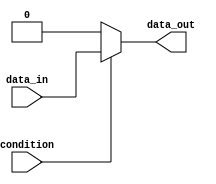
module if_else_statement (
    input wire condition,
    input wire data_in,
    output reg data_out
);

always @* begin
    if (condition) begin
        // statements to execute if condition is true
        data_out = data_in;
    end
    else begin
        // statements to execute if condition is false
        data_out = 0;
    end
end

endmodule